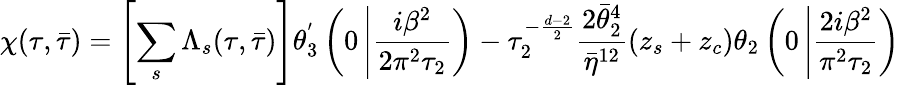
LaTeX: \chi(\tau,\bar{\tau})=\left[\sum_{s}\Lambda_{s}(\tau,\bar{\tau})\right]\theta_{3}^{'}\left(0\left|\frac{i\beta^{2}}{2\pi^{2}\tau_{2}}\right.\right)-\tau_{2}^{-\frac{d-2}{2}}\frac{2\bar{\theta}_{2}^{4}}{\bar{\eta}^{12}}(z_{s}+z_{c})\theta_{2}\left(0\left|\frac{2i\beta^{2}}{\pi^{2}\tau_{2}}\right.\right)